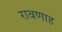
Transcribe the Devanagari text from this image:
रावणाह